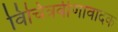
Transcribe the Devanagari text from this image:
विचित्रवीणावादक